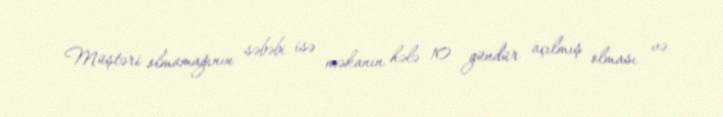
Müştəri olmamağının səbəbi isə məkanın hələ 10 gündür açılmış olması və